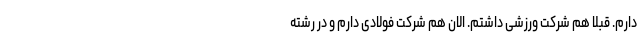
دارم. قبلا هم شرکت ورزشی داشتم. الان هم شرکت فولادی دارم و در رشته